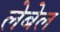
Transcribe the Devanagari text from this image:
लेबेल